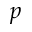
p